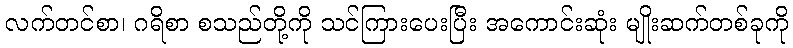
လက်တင်စာ၊ ဂရိစာ စသည်တို့ကို သင်ကြားပေးပြီး အကောင်းဆုံး မျိုးဆက်တစ်ခုကို